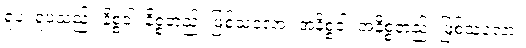
ရူပံ၊ ရူပသည်။ နိစ္စံဝါ၊ နိစ္စတည်း ဖြစ်သလော။ အနိစ္စံဝါ၊ အနိစ္စတည်း ဖြစ်သလော။